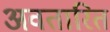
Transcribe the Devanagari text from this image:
अवतारित